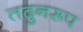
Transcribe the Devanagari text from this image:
तदुनरूप